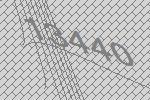
13440